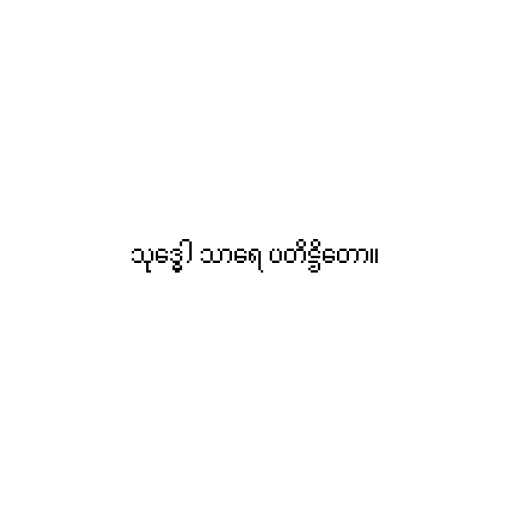
သုဒ္ဓေါ သာရေ ပတိဋ္ဌိတော။